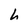
Character: h